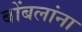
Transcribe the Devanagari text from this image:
बोंबलांना